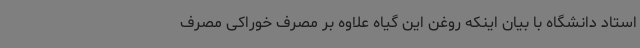
استاد دانشگاه با بیان اینکه روغن این گیاه علاوه بر مصرف خوراکی مصرف